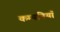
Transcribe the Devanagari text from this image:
कम्पनियॉं